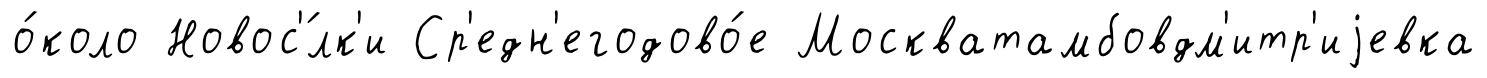
о́коло Новос'́лк'и Ср'едн'егодово́е Москватамбовдм'итр'иjевка